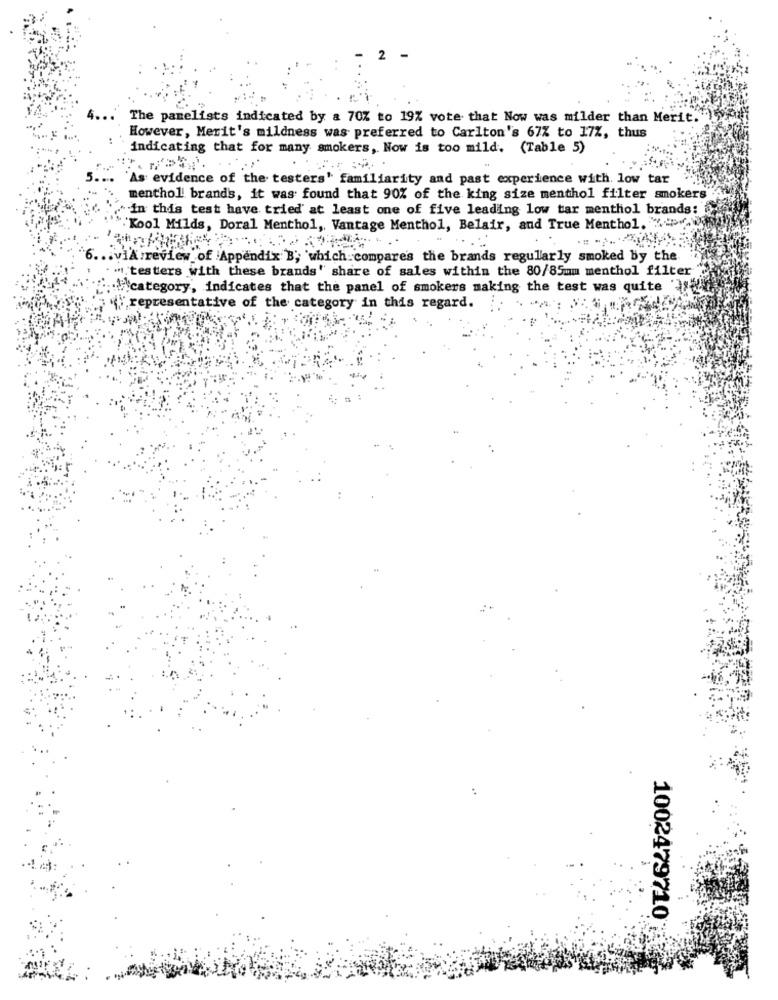
2
The panelists indicated by a 70% to 19% vote that Now was milder than Merit.
However, Merit's mildness was preferred to Carlton's 67% to 17%, thus
indicating that for many smokers, Now is too mild. (Table 5)
As evidence of the testers' familiarity and past experience with. low tar
menthol brands, it was found that 90% of the king size menthol filter smokers
in this test have tried at least one of five leading low tar menthol brands:
"Kool Milds, Doral Menthol ,, Vantage Menthol, Belair, and True Menthol, vw
viA review of Appendix B; which compares the brands regularly smoked by the
" testers with these brands" share of sales within the 80/85mm menthol filter
"category, indicates that the panel of smokers making the test was quite "},"
representative of the category in this regard.
1002479710